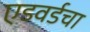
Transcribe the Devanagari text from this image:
एडवर्डचा